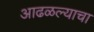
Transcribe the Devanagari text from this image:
आढळल्याचा